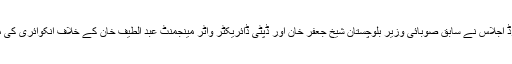
ایگزیکٹو بورڈ اجلاس نے سابق صوبائی وزیر بلوچستان شیخ جعفر خان اور ڈپٹی ڈائریکٹر واٹر مینجمنٹ عبد الطیف خان کے خلاف انکوائری کی منظوری دی۔